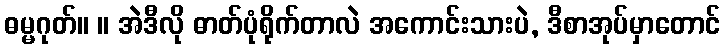
ဓမ္မဂုတ်။ ။ အဲဒီလို ဓာတ်ပုံရိုက်တာလဲ အကောင်းသားပဲ, ဒီစာအုပ်မှာတောင်